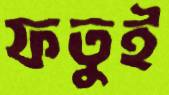
ফতুই